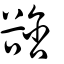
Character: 谽